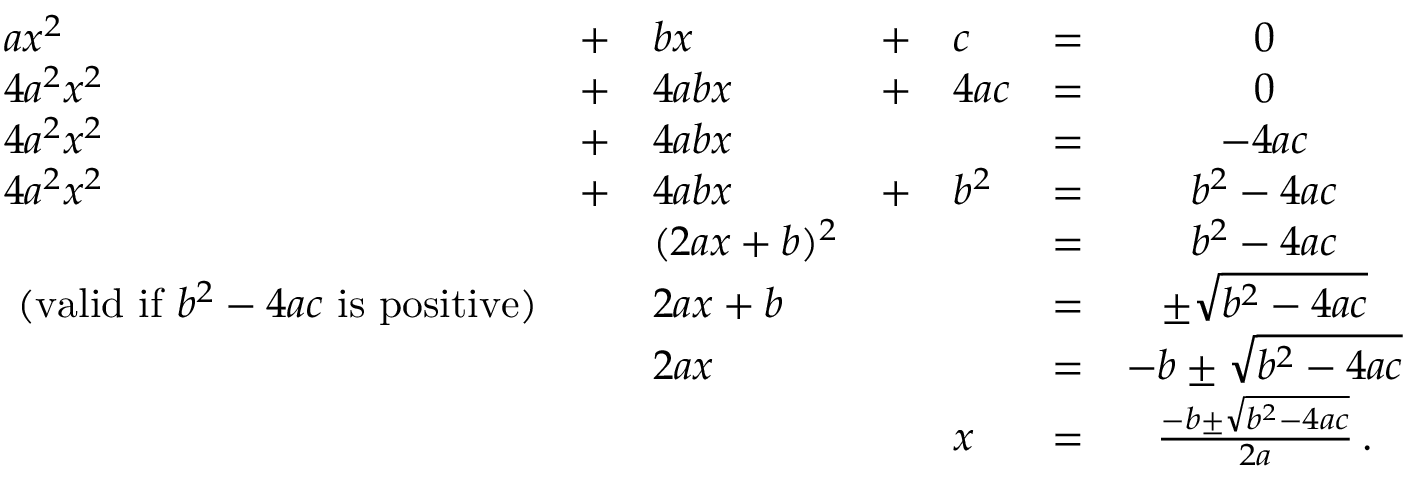
{ \begin{array} { l l l l l l c } { a x ^ { 2 } } & { + } & { b x } & { + } & { c } & { = } & { 0 } \\ { 4 a ^ { 2 } x ^ { 2 } } & { + } & { 4 a b x } & { + } & { 4 a c } & { = } & { 0 } \\ { 4 a ^ { 2 } x ^ { 2 } } & { + } & { 4 a b x } & & & { = } & { - 4 a c } \\ { 4 a ^ { 2 } x ^ { 2 } } & { + } & { 4 a b x } & { + } & { b ^ { 2 } } & { = } & { b ^ { 2 } - 4 a c } \\ & & { ( 2 a x + b ) ^ { 2 } } & & & { = } & { b ^ { 2 } - 4 a c } \\ { { \mathrm { ~ ( v a l i d ~ i f ~ } } b ^ { 2 } - 4 a c { \mathrm { ~ i s ~ p o s i t i v e ) } } } & & { 2 a x + b } & & & { = } & { \pm { \sqrt { b ^ { 2 } - 4 a c } } } \\ & & { 2 a x } & & & { = } & { - b \pm { \sqrt { b ^ { 2 } - 4 a c } } } \\ & & & & { x } & { = } & { { \frac { - b \pm { \sqrt { b ^ { 2 } - 4 a c } } } { 2 a } } \, . } \\ { \, } \end{array} }